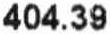
404.39